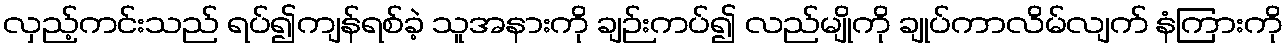
လှည့်ကင်းသည် ရပ်၍ကျန်ရစ်ခဲ့ သူအနားကို ချဉ်းကပ်၍ လည်မျိုကို ချုပ်ကာလိမ်လျက် နံကြားကို